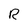
Character: R